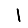
Digit: 1